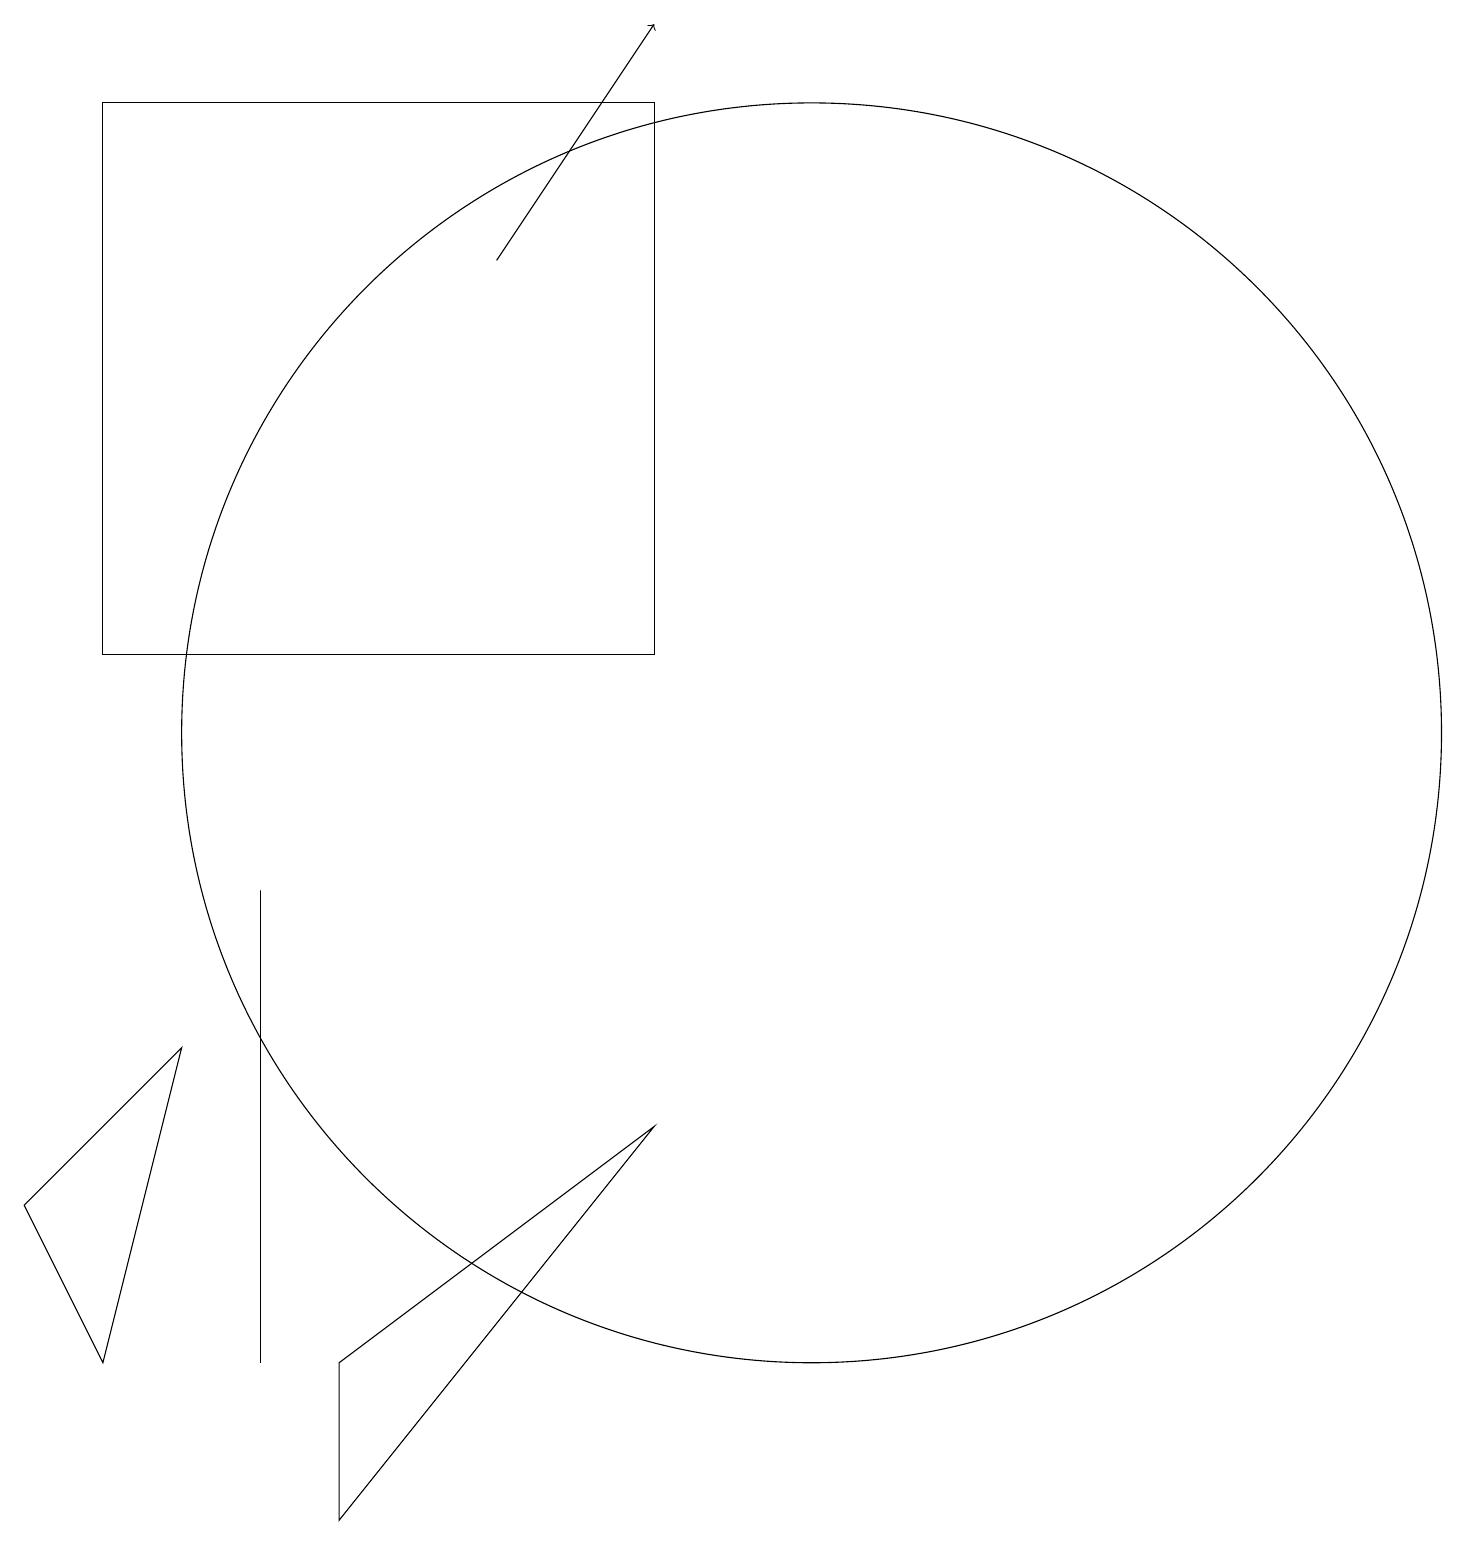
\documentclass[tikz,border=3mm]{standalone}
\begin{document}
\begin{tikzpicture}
\draw (11,10) circle (8);
\draw (4,8) -- (4,2) -- (4,4) -- cycle;
\draw (9,5) -- (5,0) -- (5,2) -- cycle;
\draw[->] (7,16) -- (9,19);
\draw (9,18) rectangle (2,11);
\draw (1,4) -- (2,2) -- (3,6) -- cycle;
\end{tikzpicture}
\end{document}